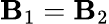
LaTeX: \mathbf{B}_{1}=\mathbf{B}_{2}